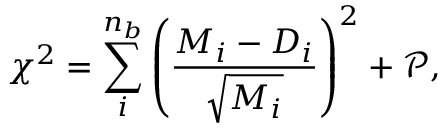
\chi ^ { 2 } = \sum _ { i } ^ { n _ { b } } \left( \frac { M _ { i } - D _ { i } } { \sqrt { M _ { i } } } \right) ^ { 2 } + \mathcal { P } ,